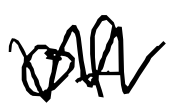
Text: of
Cross-out: zig-zag
Writing tool: digital_black